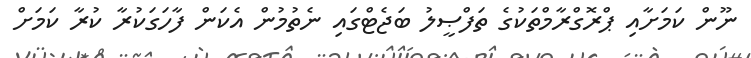
ނޫން ކަމަށާއި ޕްރޮގްރާމްތަކުގެ ތަފްޞީލު ބަޖެޓްގައި ނެތުމުން އެކަން ފާހަގަކުރާ ކުރާ ކަމަށް